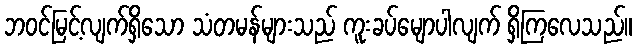
ဘဝင်မြင့်လျက်ရှိသော သံတမန်များသည် ကူးခပ်မျောပါလျက် ရှိကြလေသည်။